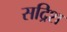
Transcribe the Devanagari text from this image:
सद्रिश